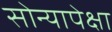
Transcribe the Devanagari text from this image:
सोन्यापेक्षा